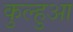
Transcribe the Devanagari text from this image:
कुल्हुआ